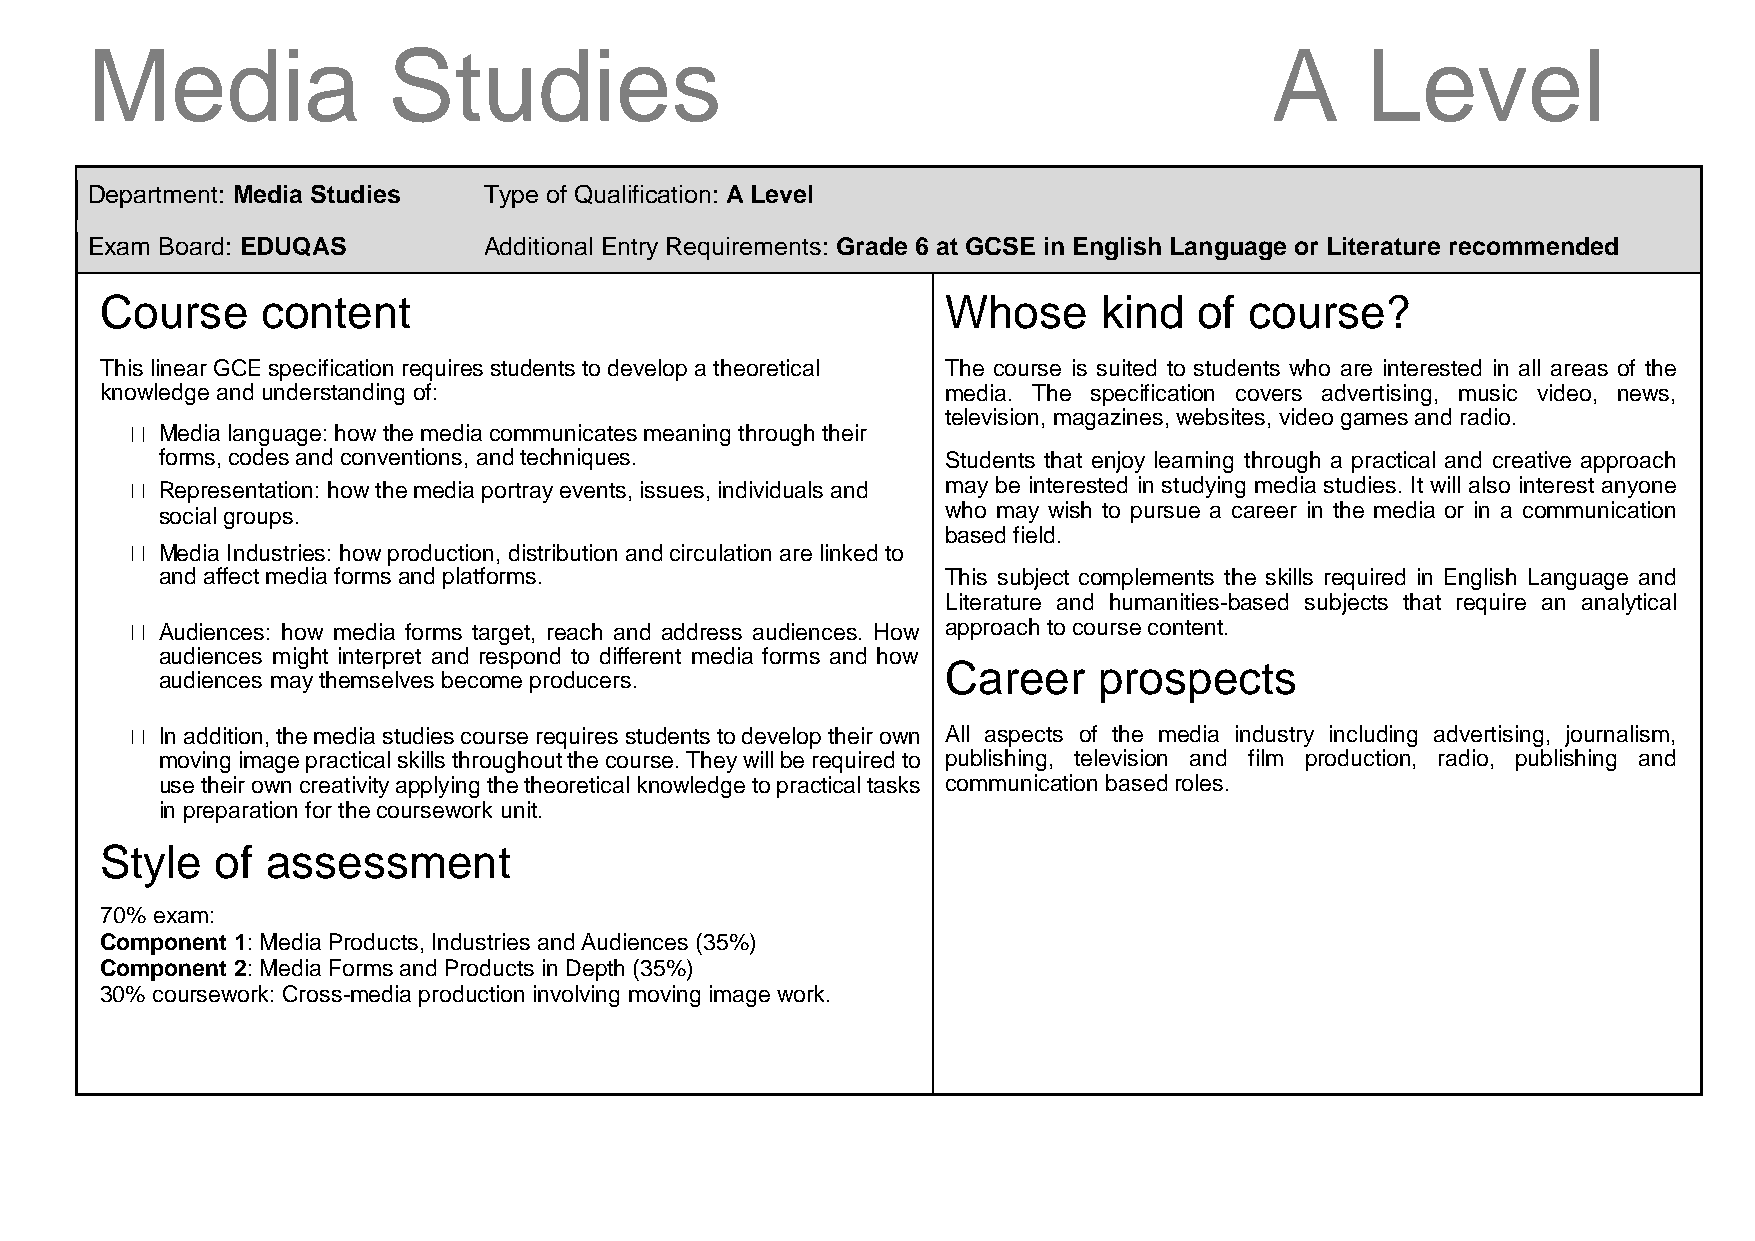
Media               Studies                                                   A     Level
 Department: Media Studies Type of Qualification: A Level
 Exam Board: EDUQAS        Additional Entry Requirements: Grade 6 at GCSE in English Language or Literature recommended
 Course    content                                       Whose     kind  of  course?
 This linear GCE specification requires students to develop a theoretical The course is suited to students who are interested in all areas of the
 knowledge and understanding of:                         media. The specification covers advertising, music video, news,
 television, magazines, websites, video games and radio.
 Media language: how the media communicates meaning through their
 forms, codes and conventions, and techniques.        Students that enjoy learning through a practical and creative approach
 Representation: how the media portray events, issues, individuals and may be interested in studying media studies. It will also interest anyone
 who may wish to pursue a career in the media or in a communication
 social groups.
 based field.
 Media Industries: how production, distribution and circulation are linked to
 and affect media forms and platforms.                This subject complements the skills required in English Language and
 Literature and humanities-based subjects that require an analytical
 Audiences: how media forms target, reach and address audiences. How approach to course content.
 audiences might interpret and respond to different media forms and how
 Career    prospects
 audiences may themselves become producers.
 In addition, the media studies course requires students to develop their own All aspects of the media industry including advertising, journalism,
 moving image practical skills throughout the course. They will be required to publishing, television and film production, radio, publishing and
 use their own creativity applying the theoretical knowledge to practical tasks communication based roles.
 in preparation for the coursework unit.
 Style  of  assessment
 70% exam:
 Component 1: Media Products, Industries and Audiences (35%)
 Component 2: Media Forms and Products in Depth (35%)
 30% coursework: Cross-media production involving moving image work.